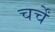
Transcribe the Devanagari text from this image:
चर्चें